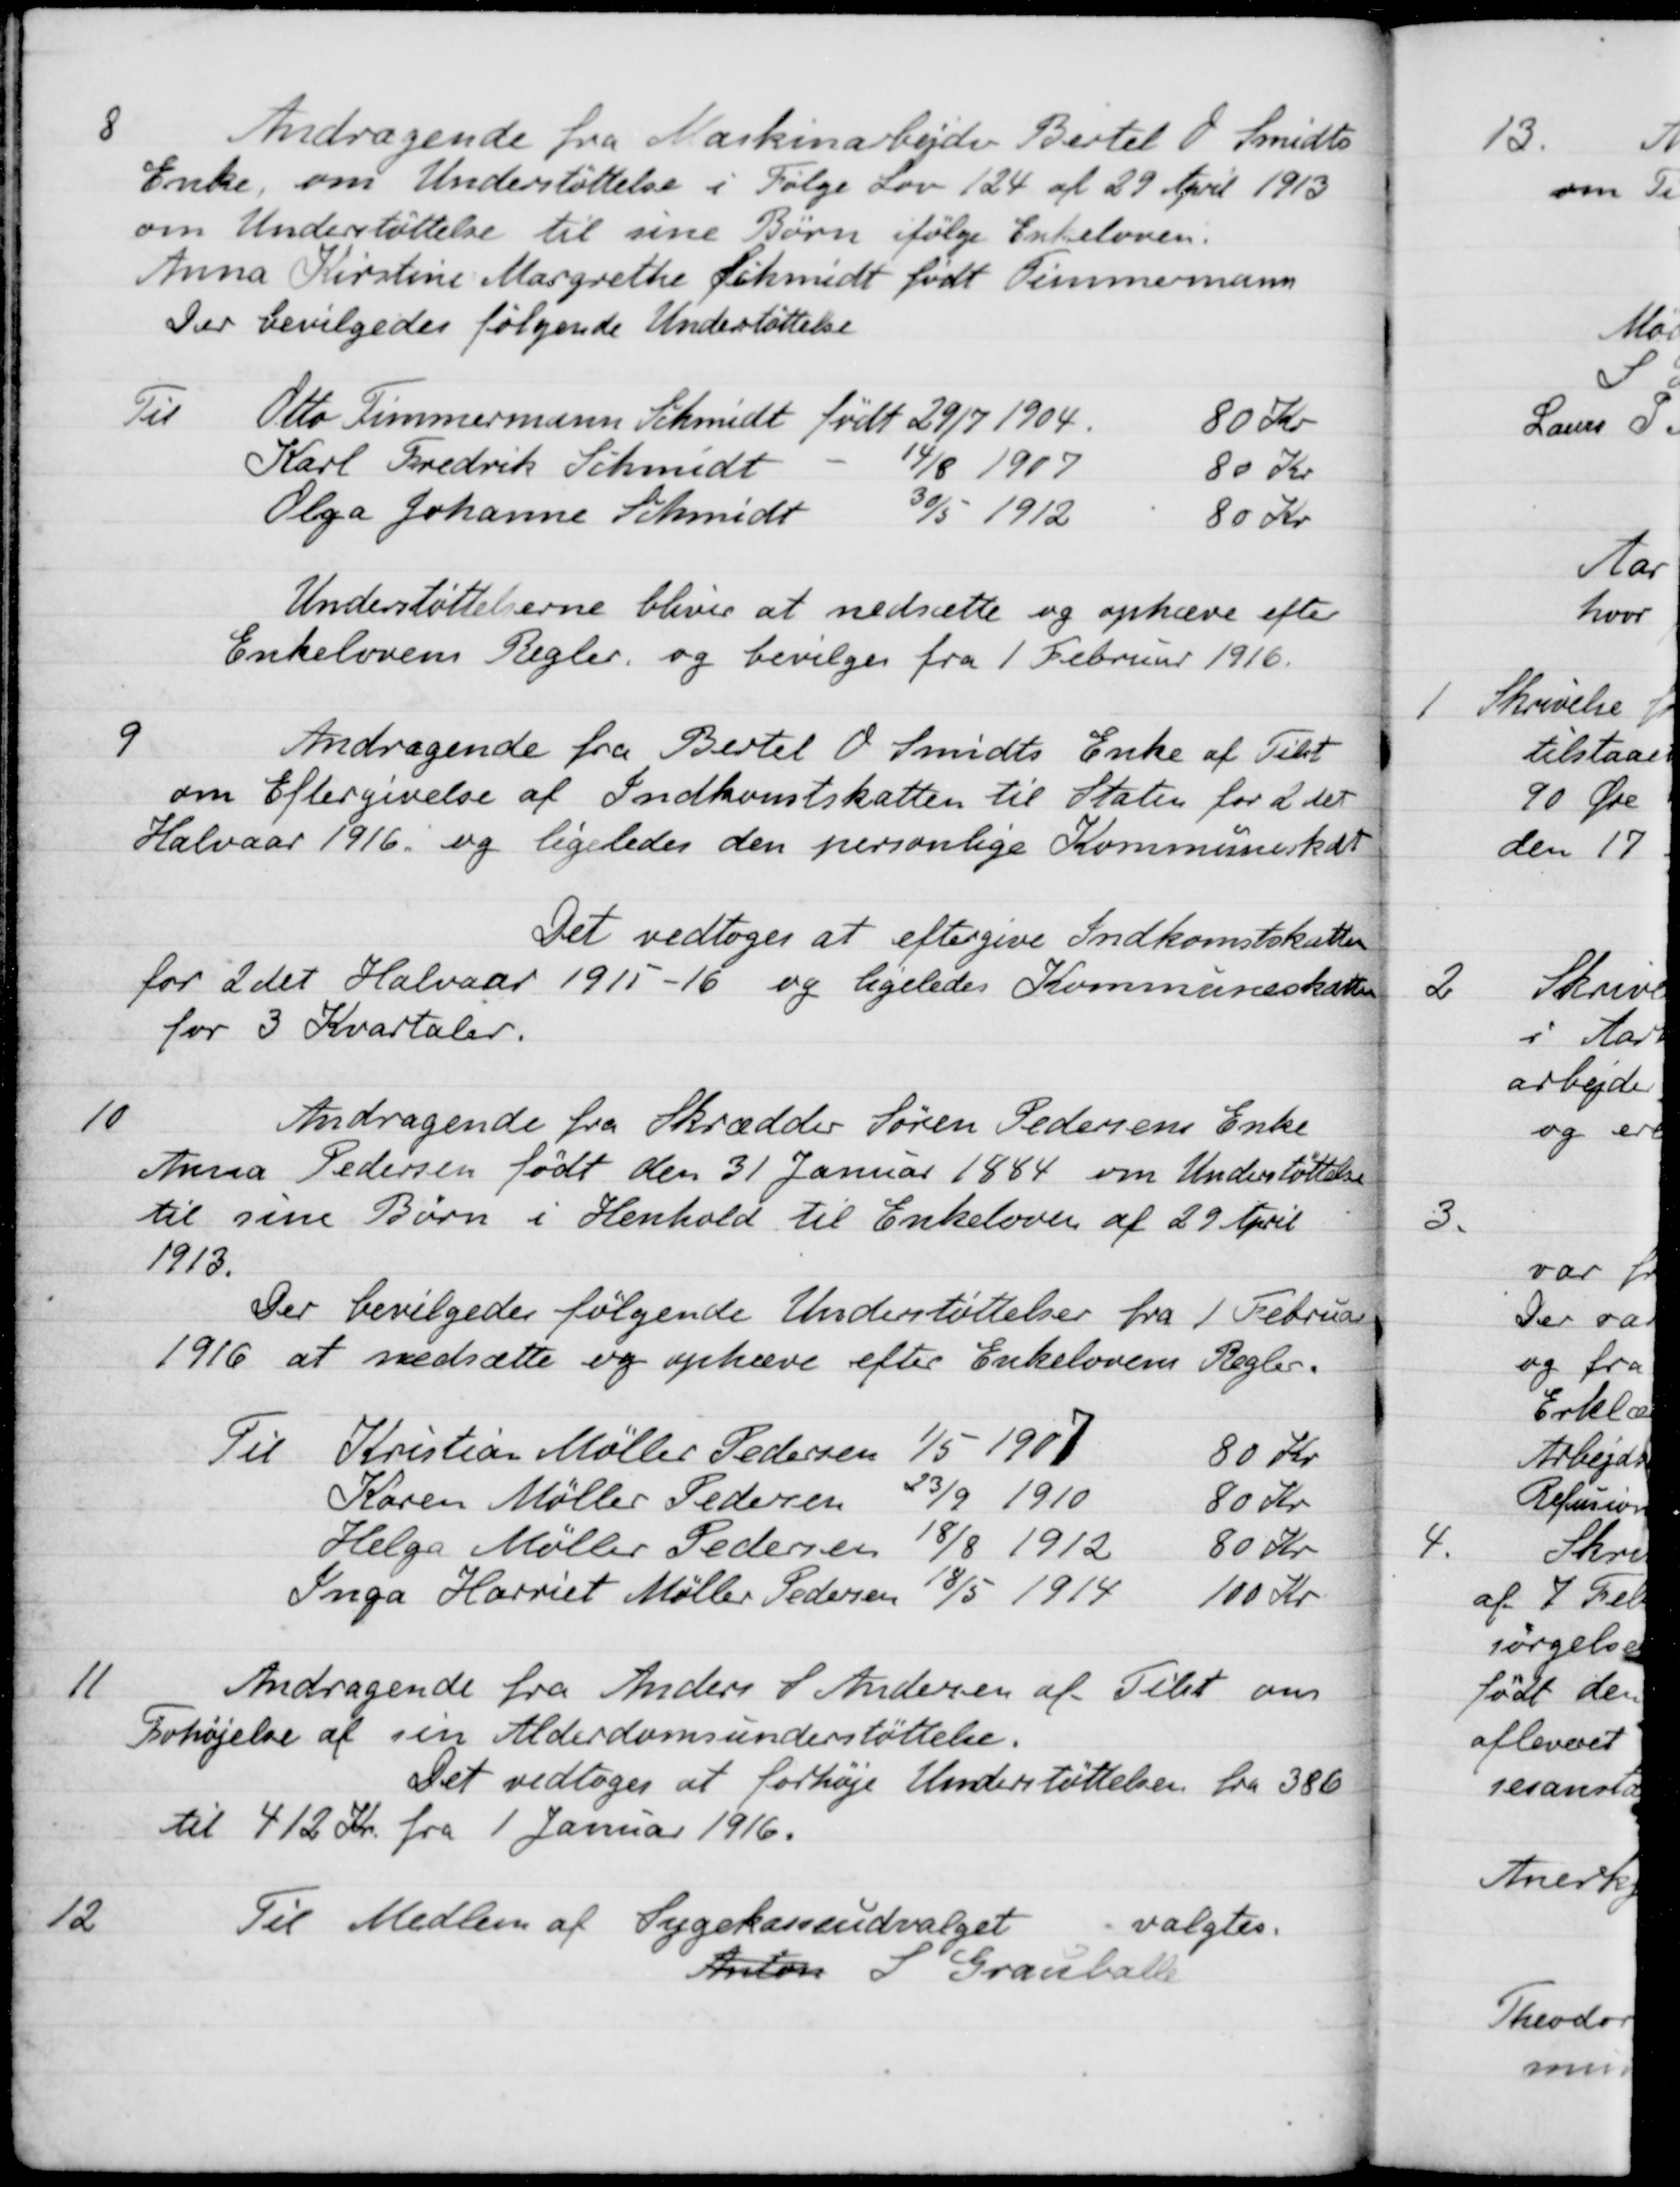
Transskription:
8
Andragende fra Maskinarbejder Bertel O. Smidts
Enke, om Understøttelse i Følge Lov 124 af 29 April 1913
om Understøttelse til sine Børn ifølge Enkeloven.
Anna Kirstine Margrethe Schmidt født Timmermann
Der bevilgedes følgende Understøttelse
Til Otto Timmermann Schmidt født 29/7 1904
80 Kr
Karl Fredrik Schmidt
14/8 1907
80 Kr
Olga Johanne Schmidt
30/5 1912
80 Kr
Understøttelserne bliver at nedsætte og ophæve efter
Enkelovens Regler og bevilges fra 1 Februar 1916.
9
Andragende fra Bertel O. Smidts Enke af Tilst
om Eftergivelse af Indkomstskatten til Staten for 2det
Halvaar 1916 og ligeledes den personlige Kommuneskat
Det vedtoges at eftergive Indkomstskatten
for 2det Halvaar 1915-16 og ligeledes Kommuneskatten
for 3 Kvartaler.
10
Andragende fra Skrædder Søren Pedersens Enke
Anna Pedersen født den 31 Januar 1884 om Understøttelse
til sine Børn i Henhold til Enkeloven af 29 April
1913.
Der bevilgedes følgende Understøttelser fra 1 Februar
1916 at nedsætte og ophæve efter Enkelovens Regler.
Til Kristian Møller Pedersen
1/5 1907
80 Kr
Karen Møller Pedersen
23/9 1910
80 Kr
Helga Møller Pedersen
18/8 1912
80 Kr
Inga Harriet Møller Pedersen
18/5 1914
100 Kr
11
Andragende fra Anders P Andersen af Tilst om
Forhøjelse af sin Alderdomsunderstøttelse.
Det vedtoges at forhøje Understøttelsen fra 386
til 412 Kr. fra 1 Januar 1916.
12
Til Medlem af Sygekasseudvalget valgtes.
Anton S. Grauballe